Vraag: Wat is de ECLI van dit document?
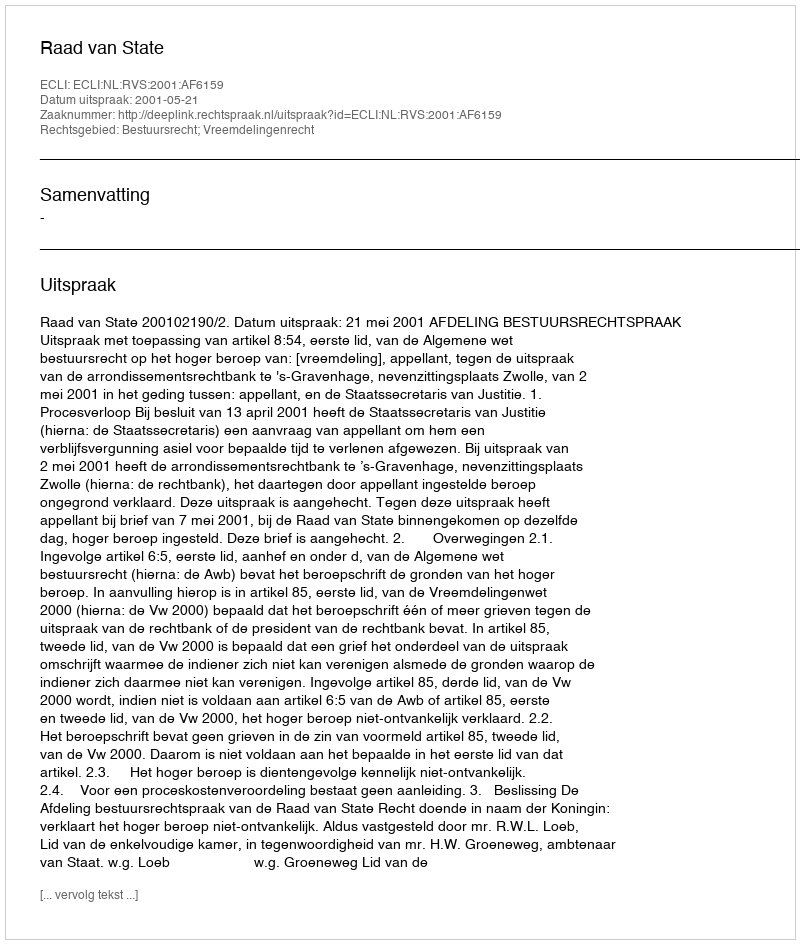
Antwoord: ECLI:NL:RVS:2001:AF6159